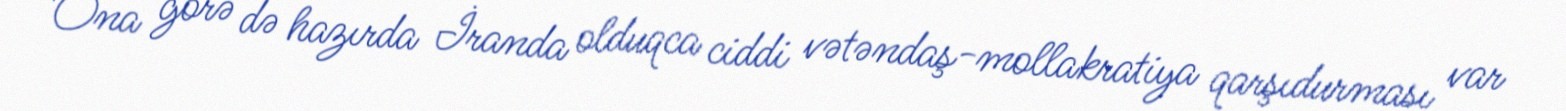
Ona görə də hazırda İranda olduqca ciddi vətəndaş-mollakratiya qarşıdurması var